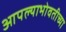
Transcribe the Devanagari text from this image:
आपल्याभोवतीच्या